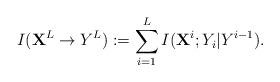
LaTeX: \begin{align*} I( {\bf X}^L \to Y^L) := \sum_{i=1}^L I( {\bf X}^i; Y_i| Y^{i-1}). \end{align*}